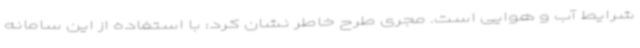
شرایط آب و هوایی است. مجری طرح خاطر نشان کرد: با استفاده از این سامانه